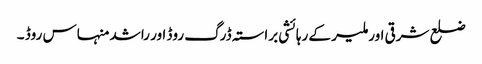
ضلع شرقی اور ملیر کے رہائشی براستہ ڈرگ روڈ اور راشد منہاس روڈ ۔